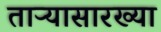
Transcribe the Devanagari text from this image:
ताऱ्यासारख्या